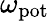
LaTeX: \omega_{\mathrm{pot}}